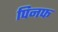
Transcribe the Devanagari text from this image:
पिनफ